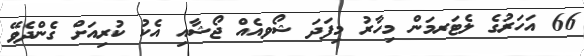
66 އަހަރުގެ ލެޓަރމަން މިހާރު މިފަދަ ޝޯވއެއް ޖޯޝާއި އެކު ކުރިއަށް ގެންދެވޭ